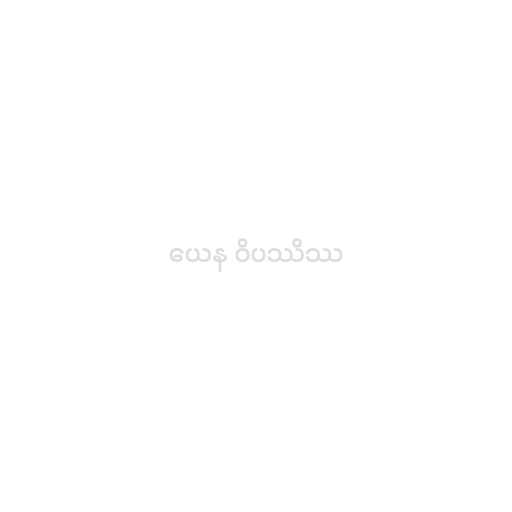
ယေန ဝိပဿိဿ